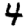
Digit: 4